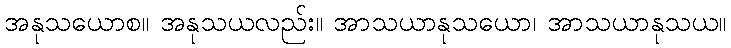
အနုသယောစ။ အနုသယလည်း။ အာသယာနုသယော၊ အာသယာနုသယ။